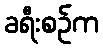
ခရီးစဉ်က